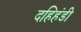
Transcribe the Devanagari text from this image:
दहिहंडी